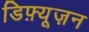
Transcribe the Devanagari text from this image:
डिफ़्यूज़न